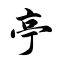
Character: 亭